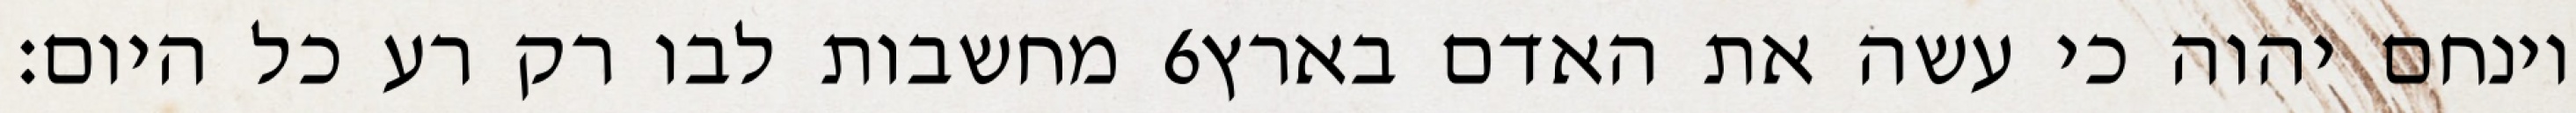
מחשבות לבו רק רע כל היום׃ ‎6‏ וינחם יהוה כי עשה את האדם בארץ